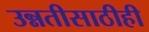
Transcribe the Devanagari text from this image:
उन्नतीसाठीही